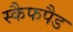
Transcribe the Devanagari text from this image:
स्कैफपैड